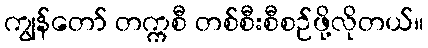
ကျွန်တော် တက္ကစီ တစ်စီးစီစဉ်ဖို့လိုတယ်။